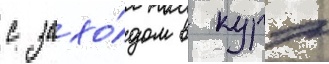
с захо́дом в курэ